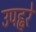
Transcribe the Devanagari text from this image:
उपह्वरे